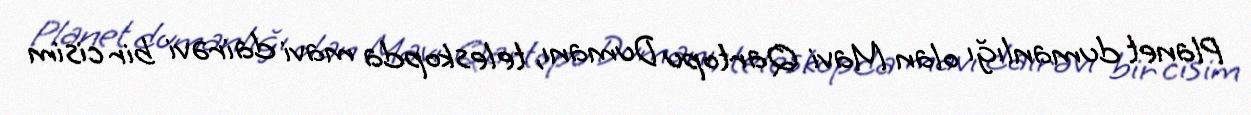
Planet dumanlığı olan Mavi Qartopu Dumanı, teleskopda mavi dairəvi bir cisim